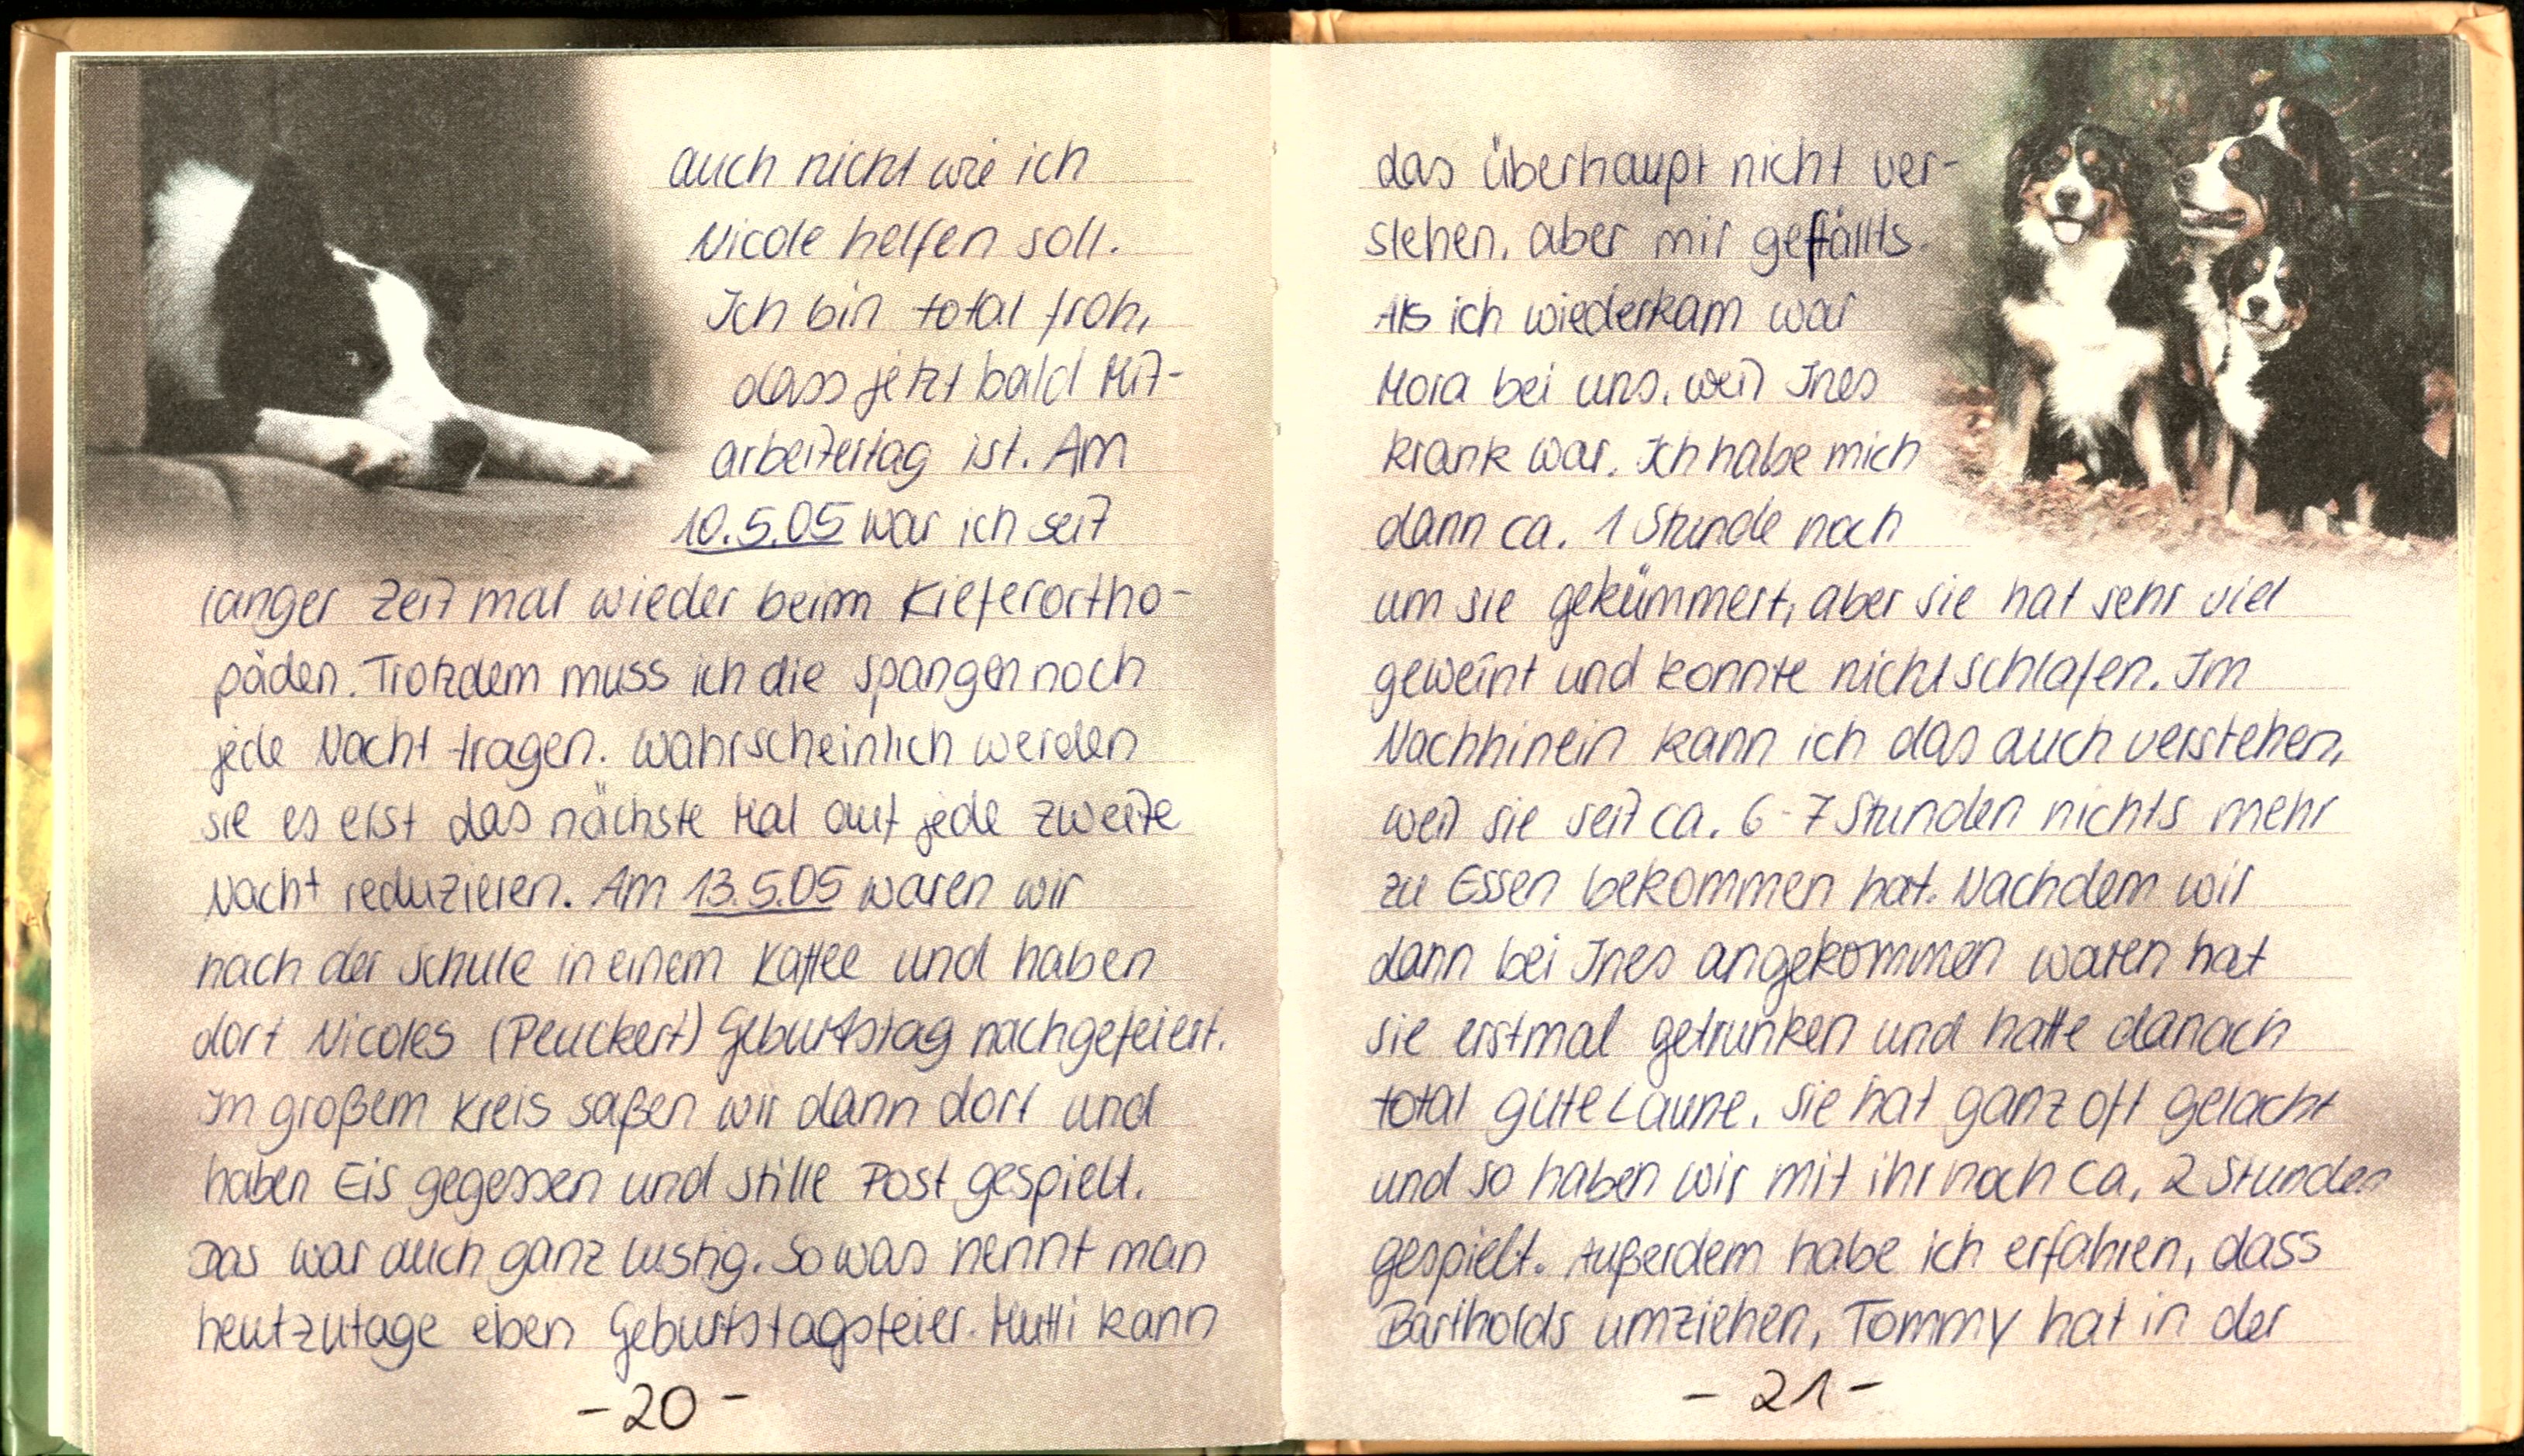
auch nicht wie ich
Nicole helfen soll.
Ich bin total froh,
dass jetzt bald Mit-
arbeitertag ist. Am
10.5.05 war ich seit
langer Zeit mal wieder beim Kieferortho-
päden. Trotzdem muss ich die Spangen noch
jede Nacht tragen. Wahrscheinlich werden
sie es erst das nächste Mal auf jede zweite
Nacht reduzieren. Am 13.5.05 waren wir
nach der Schule in einem Kaffee und haben
dort Nicoles (Peuckert) Geburtstag nachgefeiert.
In großem Kreis saßen wir dann dort und
haben Eis gegessen und stille Post gespielt.
Das war auch ganz lustig. So was nennt man
heutzutage eben Geburtstagsfeier. Mutti kann

das überhaupt nicht ver-
stehen, aber mir gefällts.
Als ich wiederkam war
Mora bei uns, weil Ines
krank war. Ich habe mich
dann ca. 1 Stunde noch
um sie gekümmert, aber sie hat sehr viel
geweint und konnte nicht schlafen. Im
Nachhinein kann ich das auch verstehen.
weil sie seit ca. 6-7 Stunden nichts mehr
zu Essen bekommen hat. Nachdem wir
dann bei Ines angekommen waren hat
sie erstmal getrunken und hatte danach
total gute Laune. Sie hat ganz oft gelacht
und so haben wir mit ihr noch ca. 2 Stunden
gespielt. Außerdem habe ich erfahren, dass
Bartholds umziehen, Tommy hat in der